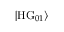
| \mathrm { H G } _ { 0 1 } \rangle